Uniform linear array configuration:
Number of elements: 4
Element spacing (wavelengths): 0.25
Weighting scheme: cosine
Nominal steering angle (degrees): -30
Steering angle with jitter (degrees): -31.198
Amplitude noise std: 0.05
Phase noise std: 0.05

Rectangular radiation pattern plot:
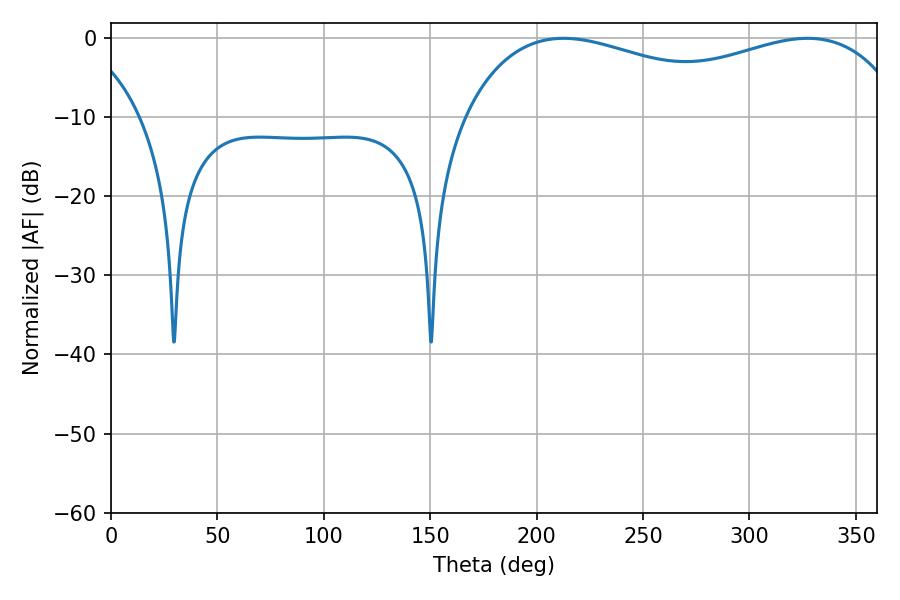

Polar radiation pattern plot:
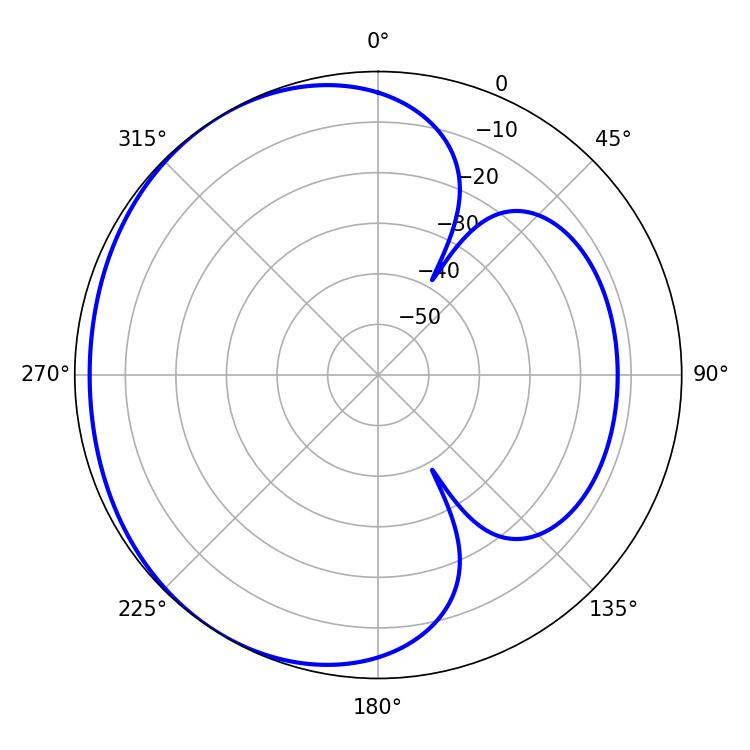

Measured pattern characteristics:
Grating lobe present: FALSE
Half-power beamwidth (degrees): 171.36
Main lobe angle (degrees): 212.76